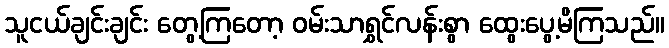
သူငယ်ချင်းချင်း တွေ့ကြတော့ ဝမ်းသာရွှင်လန်းစွာ ထွေးပွေ့မိကြသည်။